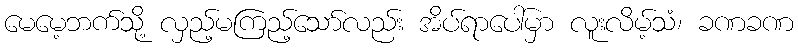
မေမေ့ဘက်သို့ လှည့်မကြည့်သော်လည်း အိပ်ရာပေါ်မှာ လူးလိမ့်သံ၊ ခဏခဏ